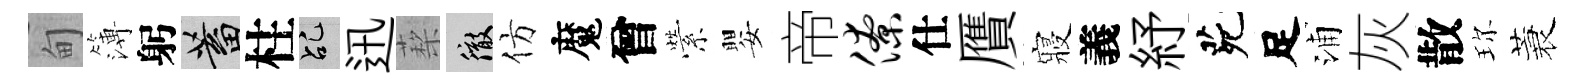
甸簿躬蓄柱乩迅蔾徹仿魔曾縈嬰帝僚仕贋寢義紓茕足浦灰散珎蓑